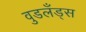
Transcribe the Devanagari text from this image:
वुडलँड्स